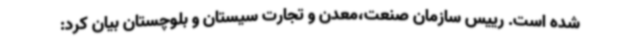
شده است. رییس سازمان صنعت،معدن و تجارت سیستان و بلوچستان بیان کرد: